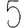
Digit: 5